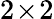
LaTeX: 2\! \times\! 2